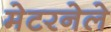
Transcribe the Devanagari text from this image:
मेटरनेले